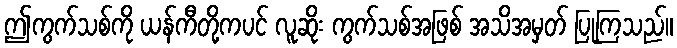
ဤကွက်သစ်ကို ယန်ကီတို့ကပင် လူဆိုး ကွက်သစ်အဖြစ် အသိအမှတ် ပြုကြသည်။